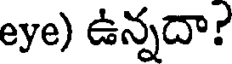
eye) ఉన్నదా?